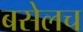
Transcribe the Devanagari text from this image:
बसेलच